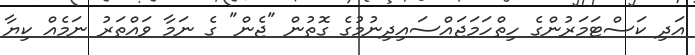
އަދި ކަސްޓަމަރުންގެ ހިތްހަމަޖައްސައިދިނުމުގެ ގޮތުން "ޖެން" ގެ ނަމާ ވައްތަރު ނަމެއް ކިޔާ